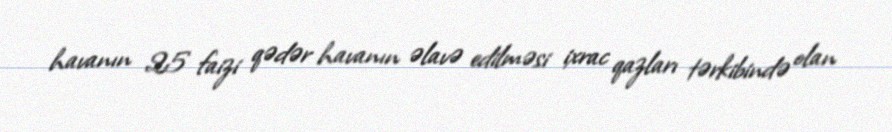
havanın 25 faizi qədər havanın əlavə edilməsi ixrac qazları tərkibində olan